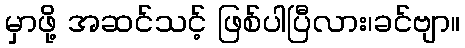
မှာဖို့ အဆင်သင့် ဖြစ်ပါပြီလား၊ခင်ဗျာ။